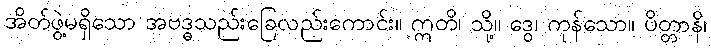
အိတ်ဖွဲ့မရှိသော အဗဒ္ဓသည်းခြေလည်းကောင်း။ ဣတိ၊ သို့။ ဒွေ၊ ကုန်သော။ ပိတ္တာနိ၊